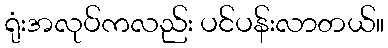
ရုံးအလုပ်ကလည်း ပင်ပန်းလာတယ်။